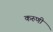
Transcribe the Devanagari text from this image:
करुणी